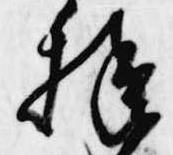
様